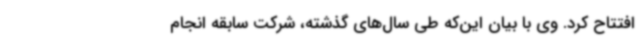
افتتاح کرد. وی با بیان این‌که طی سال‌های گذشته، شرکت سابقه انجام